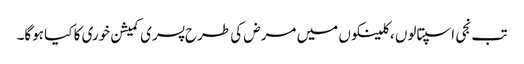
تب نجی اسپتالوں ، کلینکوں میں مرض کی طرح پسری کمیشن خوری کا کیا ہوگا۔